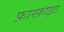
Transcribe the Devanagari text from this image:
फ़ास्फ़ाइट